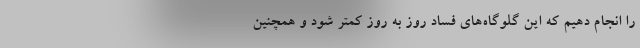
را انجام دهیم که این گلوگاه‌های فساد روز به روز کمتر شود و همچنین